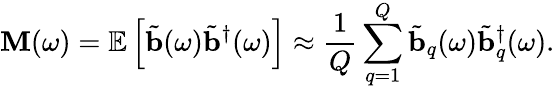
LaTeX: \mathbf{M}(\omega)=\mathbb{E}\left[\tilde{\mathbf{b}}(\omega)\tilde{\mathbf{b}}^{\dagger}(\omega)\right]\approx\frac{1}{Q}\sum_{q=1}^{Q}\tilde{\mathbf{b}}_{q}(\omega)\tilde{\mathbf{b}}_{q}^{\dagger}(\omega).